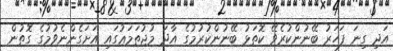
އަދި ގިނަ ފަހަރު ބޭނުންކުރެވޭ ކޮތަޅު ބޭނުންކުރުމުގެ އާދަ މުޖުތަމަޢުގައި އަށަގެންނެވުމުގެ ގޮތުން